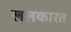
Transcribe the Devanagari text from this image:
ललकारत